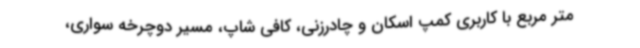
متر مربع با کاربری کمپ اسکان و چادرزنی، کافی شاپ، مسیر دوچرخه سواری،